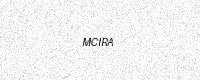
Text: MCIRA